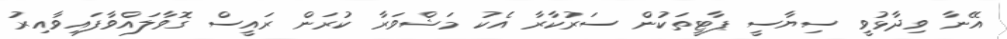
އޭނާ ވިދާޅުވީ ސިޔާސީ ޕާޓީތަކުން ސަރުކާރާ އެކު މަޝްވަރާ ކުރަން ރައީސް ގޮވާލައްވާފައިވާއިރު